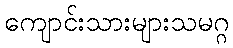
ကျောင်းသားများသမဂ္ဂ